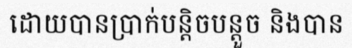
ដោយបានប្រាក់បន្តិចបន្តួច និងបាន